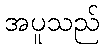
အပူသည်